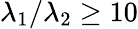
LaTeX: \lambda_{1}/\lambda_{2}\geq 10